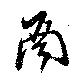
酉